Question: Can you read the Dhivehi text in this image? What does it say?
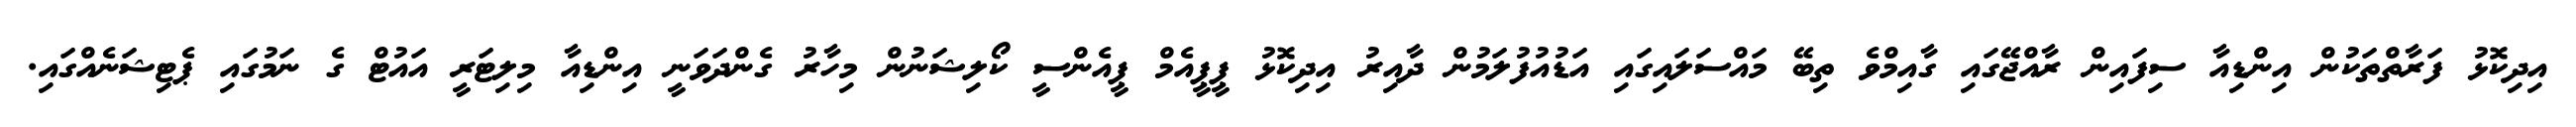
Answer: އިދިކޮޅު ފަރާތްތަކުން އިންޑިއާ ސިފައިން ރާއްޖޭގައި ގާއިމްވެ ތިބޭ މައްސަލައިގައި އަޑުއުފުލަމުން ދާއިރު އިދިކޮޅު ޕީޕީއެމް ޕީއެންސީ ކޯލިޝަނުން މިހާރު ގެންދަވަނީ އިންޑިއާ މިލިޓަރީ އައުޓް ގެ ނަމުގައި ޕެޓިޝަނެއްގައި.